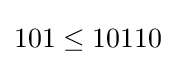
101\leq 10110